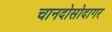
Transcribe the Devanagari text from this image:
चानदोसोदागर